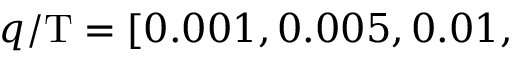
q / \mathrm { T } = [ 0 . 0 0 1 , 0 . 0 0 5 , 0 . 0 1 ,